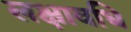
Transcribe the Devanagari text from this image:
लक्षावधि